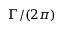
\Gamma / ( 2 \pi )